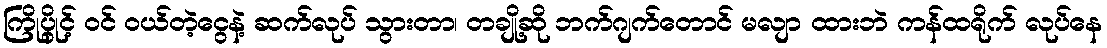
ကြိုပွိုင့် ဝင် ဝယ်တဲ့ငွေနဲ့ ဆက်လုပ် သွားတာ၊ တချို့ဆို ဘက်ဂျက်တောင် မလျာ ထားဘဲ ကန်ထရိုက် လုပ်နေ